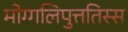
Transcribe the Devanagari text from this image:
मोग्गलिपुत्ततिस्स